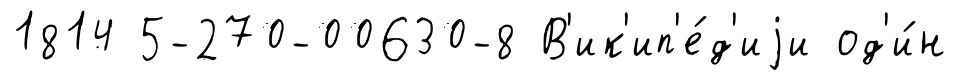
1814 5-270-00630-8 В'ик'ип'е́д'иjи од'и́н